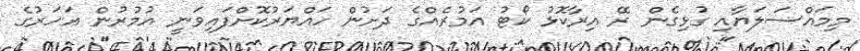
މިމައްސަލަޔާއި ގުޅިގެން ރޭ އިރާކޮޅު ކޯޓު އަމުރެއްގެ ދަށުން ހައްޔަރުކޮށްފައިވަނީ އުމުރުން އަހަރުގެ